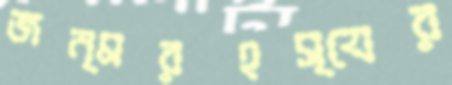
জন্মরহস্যের